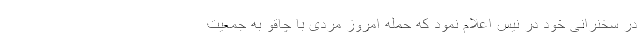
در سخنرانی خود در نیس اعلام نمود که حمله امروز مردی با چاقو به جمعیت